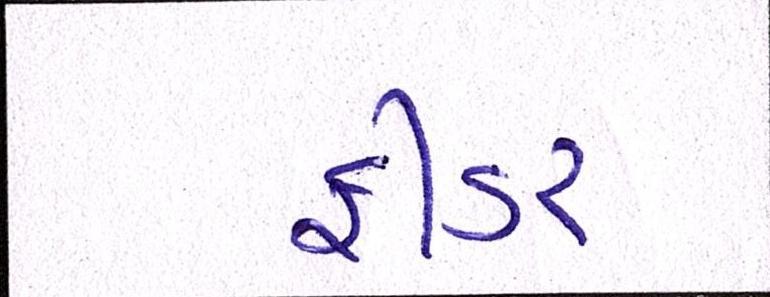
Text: ફીડર